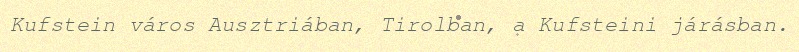
Kufstein város Ausztriában, Tirolban, a Kufsteini járásban.